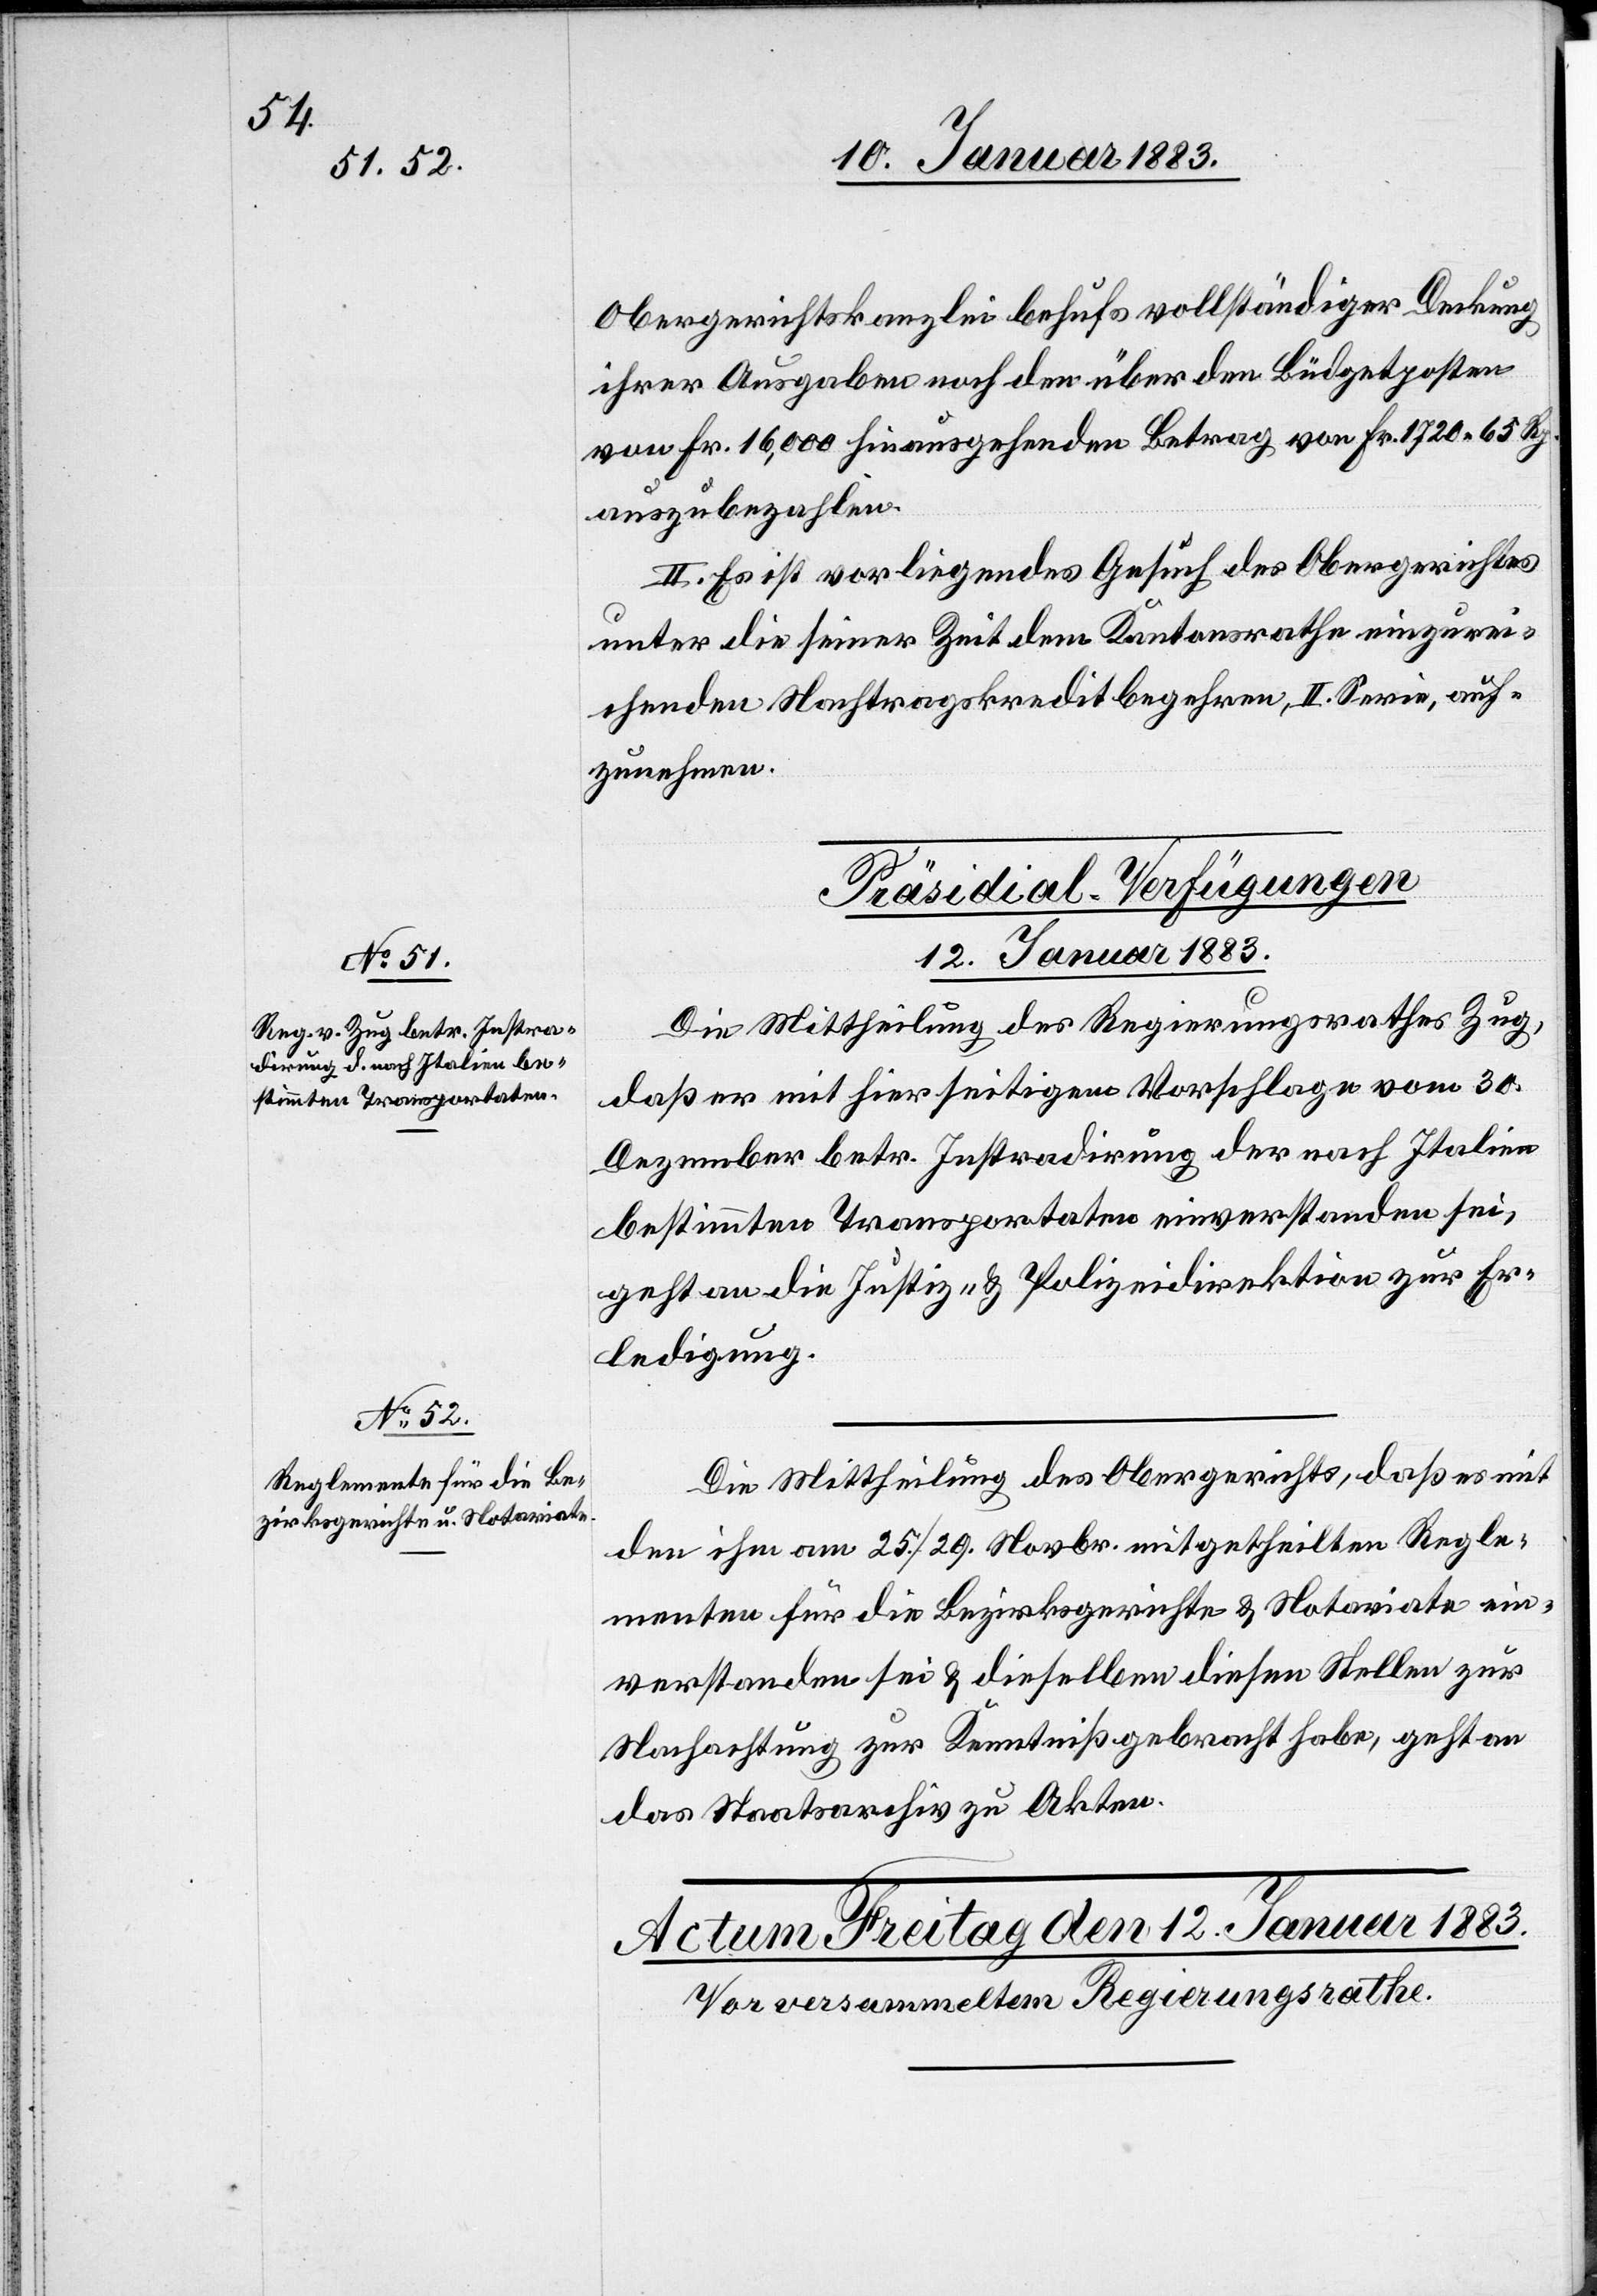
Obergerichtskanzlei behufs vollständiger Deckung
ihrer Ausgaben noch den über den Büdgetposten
von Fr. 16,000 hinausgehenden Betrag von Fr. 1720 65 Rp.
auszubezahlen.
II. Es ist vorliegendes Gesuch des Obergerichtes
unter die seiner Zeit dem Kantonsrathe einzurei¬
chenden Nachtragskreditbegehren, II. Serie, auf¬
zunehmen.
[Präsidial-Verfügungen.
12. Januar 1883.]
Die Mittheilung des Regierungsrathes Zug,
daß er mit hierseitigem Vorschlage vom 30.
Dezember betr. Instradirung der nach Italien
bestimmten Transportaten einverstanden sei,
geht an die Justiz- & Polizeidirektion zur Er¬
ledigung.
Die Mittheilung des Obergerichts, daß es mit
den ihm am 25./29. Novbr. mitgetheilten Regle¬
menten für die Bezirksgerichte & Notariate ein¬
verstanden sei & dieselben diesen Stellen zur
Nachachtung zur Kenntniß gebracht habe, geht an
das Staatsarchiv zu Akten.